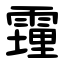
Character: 䨪